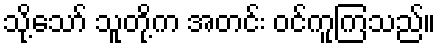
သို့သော် သူတို့က အတင်း ဝင်ကူကြသည်။